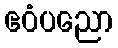
ဧဝံပညော